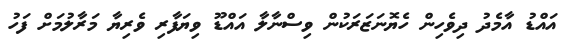
އައްޑު އާމެދު ދިވެހިން ހެޔޮނަޒަރަކުން ވިސްނާލާ އައްޑޫ ވިޔަފާރި ވެރިޔާ މަރާލުމަށް ފަހު